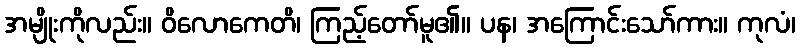
အမျိုးကိုလည်း။ ဝိလောကေတိ၊ ကြည့်တော်မူ၏။ ပန၊ အကြောင်းသော်ကား။ ကုလံ၊